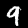
Digit: 9